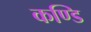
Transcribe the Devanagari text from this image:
कण्डि